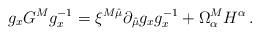
LaTeX: \begin{align*}g_xG^Mg_x^{-1}=\xi^{M\hat{\mu}} \partial_{\hat{\mu}} g_x g_x^{-1}+\Omega^M_\alpha H^\alpha\,.\end{align*}